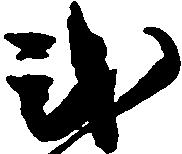
式